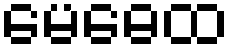
မေဓေထ